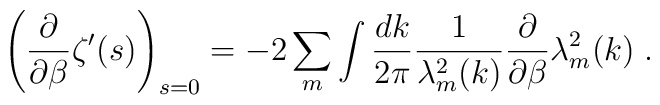
\left( \frac{\partial}{\partial\beta}\zeta'(s)\right)_{s=0} =-2\sum_m\int \frac{dk}{2\pi}\frac{1}{\lambda^2_m(k)}\frac{\partial}{\partial\beta}\lambda^2_m(k)\;.